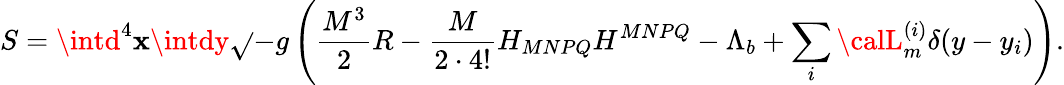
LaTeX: S=\intd^{4}\mathbf{x}\intdy\sqrt{}{{-g}}\left(\frac{{M^{3}}}{{2}}R-\frac{{M}}{{2\cdot4!}}H_{MNPQ}H^{MNPQ}-\Lambda_{b}+\sum_{i}{\calL}_{m}^{(i)}\delta(y-y_{i})\right).